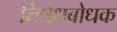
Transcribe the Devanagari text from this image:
निषेधबोधक